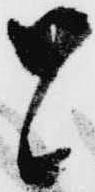
と